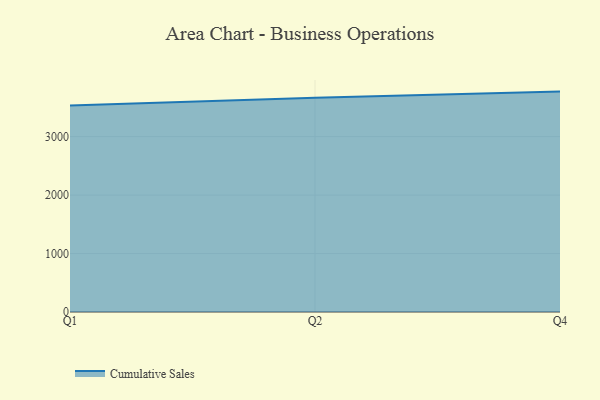
{"axis": {"x": "Quarter", "y": "Bounce Rate (%)"}, "legend": ["Cumulative Sales"], "data": [{"x": "Q1", "y": 3531.4, "type": "Cumulative Sales"}, {"x": "Q2", "y": 3667.1, "type": "Cumulative Sales"}, {"x": "Q4", "y": 3770.6, "type": "Cumulative Sales"}]}